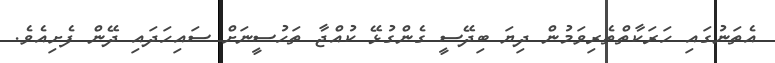
އެތަނުގައި ހަރަކާތްތެރިވަމުން ދިޔަ ބިދޭސީ ގެންގުޅޭ ކުއްޖާ ތަހުސީނަށް ސައިހަދައި ދޭން ފެށިއެވެ.